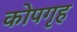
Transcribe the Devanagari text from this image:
कोपगृह